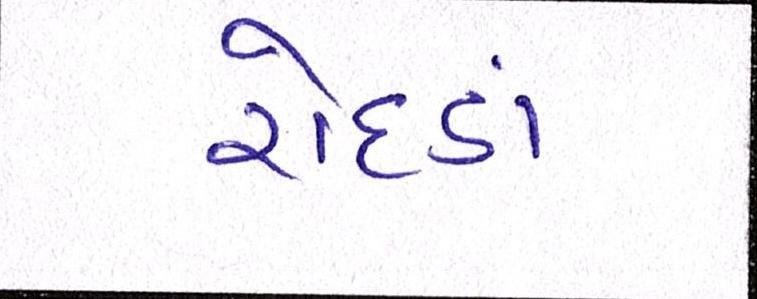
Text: રોદડાં